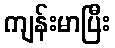
ကျန်းမာပြီး